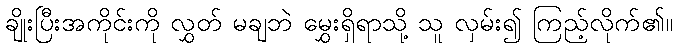
ချိုးပြီးအကိုင်းကို လွှတ် မချဘဲ မွှေးရှိရာသို့ သူ လှမ်း၍ ကြည့်လိုက်၏။